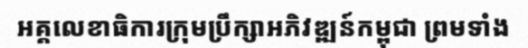
អគ្គលេខាធិការក្រុមប្រឹក្សាអភិវឌ្ឍន៍កម្ពុជា ព្រមទាំង